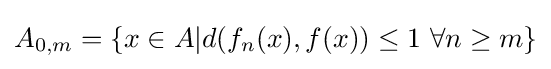
A_{0,m}=\left\{x\in A|d(f_{n}(x),f(x))\leq 1\ \forall n\geq m\right\}